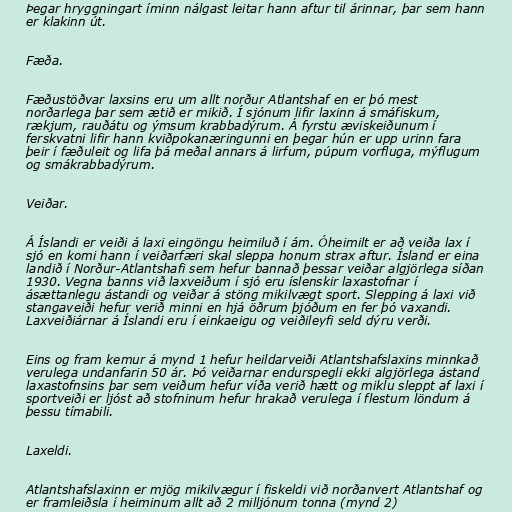
Þegar hryggningart íminn nálgast leitar hann aftur til árinnar, þar sem hann
er klakinn út.

Fæða.

Fæðustöðvar laxsins eru um allt norður Atlantshaf en er þó mest
norðarlega þar sem ætið er mikið. Í sjónum lifir laxinn á smáfiskum,
rækjum, rauðátu og ýmsum krabbadýrum. Á fyrstu æviskeiðunum í
ferskvatni lifir hann kviðpokanæringunni en þegar hún er upp urinn fara
þeir í fæðuleit og lifa þá meðal annars á lirfum, púpum vorfluga, mýflugum
og smákrabbadýrum.

Veiðar.

Á Íslandi er veiði á laxi eingöngu heimiluð í ám. Óheimilt er að veiða lax í
sjó en komi hann í veiðarfæri skal sleppa honum strax aftur. Ísland er eina
landið í Norður-Atlantshafi sem hefur bannað þessar veiðar algjörlega síðan
1930. Vegna banns við laxveiðum í sjó eru íslenskir laxastofnar í
ásættanlegu ástandi og veiðar á stöng mikilvægt sport. Slepping á laxi við
stangaveiði hefur verið minni en hjá öðrum þjóðum en fer þó vaxandi.
Laxveiðiárnar á Íslandi eru í einkaeigu og veiðileyfi seld dýru verði.

Eins og fram kemur á mynd 1 hefur heildarveiði Atlantshafslaxins minnkað
verulega undanfarin 50 ár. Þó veiðarnar endurspegli ekki algjörlega ástand
laxastofnsins þar sem veiðum hefur víða verið hætt og miklu sleppt af laxi í
sportveiði er ljóst að stofninum hefur hrakað verulega í flestum löndum á
þessu tímabili.

Laxeldi.

Atlantshafslaxinn er mjög mikilvægur í fiskeldi við norðanvert Atlantshaf og
er framleiðsla í heiminum allt að 2 milljónum tonna (mynd 2)